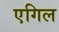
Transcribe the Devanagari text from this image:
एगिल